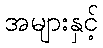
အများနှင့်